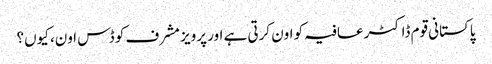
پاکستانی قوم ڈاکٹر عافیہ کو اون کرتی ہے اور پرویز مشرف کو ڈس اون، کیوں؟